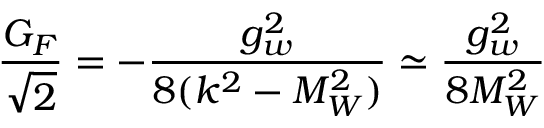
\frac { G _ { F } } { \sqrt { 2 } } = - \frac { g _ { w } ^ { 2 } } { 8 ( k ^ { 2 } - M _ { W } ^ { 2 } ) } \simeq \frac { g _ { w } ^ { 2 } } { 8 M _ { W } ^ { 2 } }